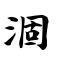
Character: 涸